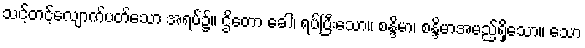
သင့်တင့်လျောက်ပတ်သော အရပ်၌။ ဌိတော ခေါ၊ ရပ်ပြီးသော။ စန္ဒိမာ၊ စန္ဒိမာအမည်ရှိသော။ သော